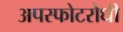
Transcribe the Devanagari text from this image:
अपस्फोटरोधी